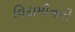
વિટામીનની